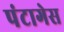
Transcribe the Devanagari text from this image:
पंटागेस